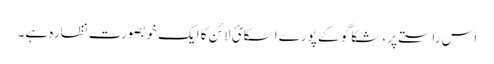
اس راستے پر ، شکاگو کے پورے اسکائ لائن کا ایک خوبصورت نظارہ ہے۔